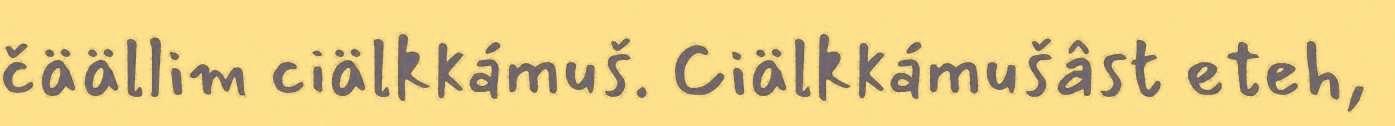
čäällim ciälkkámuš. Ciälkkámušâst eteh,